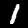
Digit: 1